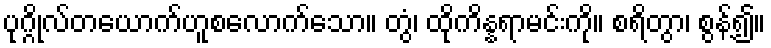
ပုဂ္ဂိုလ်တယောက်ဟူစလောက်သော။ တွံ၊ ထိုကိန္နရာမင်းကို။ စရိတွာ၊ စွန့်၍။